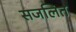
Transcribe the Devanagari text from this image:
सजलित